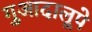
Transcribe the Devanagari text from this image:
गुआदालूपे